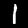
Label: 1